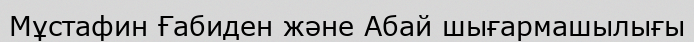
Мұстафин Ғабиден және Абай шығармашылығы